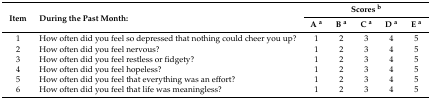
| <ROWSPAN=2> Item | <ROWSPAN=2> During the Past Month: | <COLSPAN=5> Scores b |
 | A a | B a | C a | D a | E a |
 | --- | --- | --- | --- | --- | --- | --- |
 | 1 | How often did you feel so depressed that nothing could cheer you up? | 1 | 2 | 3 | 4 | 5 |
 | 2 | How often did you feel nervous? | 1 | 2 | 3 | 4 | 5 |
 | 3 | How often did you feel restless or fidgety? | 1 | 2 | 3 | 4 | 5 |
 | 4 | How often did you feel hopeless? | 1 | 2 | 3 | 4 | 5 |
 | 5 | How often did you feel that everything was an effort? | 1 | 2 | 3 | 4 | 5 |
 | 6 | How often did you feel that life was meaningless? | 1 | 2 | 3 | 4 | 5 |